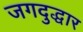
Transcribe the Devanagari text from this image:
जगदुद्धार